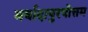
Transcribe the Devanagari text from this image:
मर्यादापुरषोत्तम